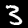
Label: 3